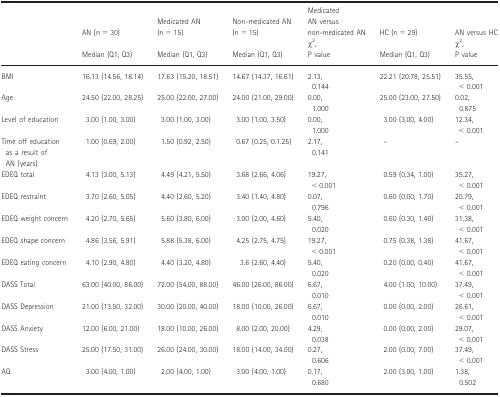
<table><thead><tr><td rowspan="2"></td><td><b>AN (n = 30)</b></td><td><b>Medicated AN (n = 15)</b></td><td><b>Non‐medicated AN (n = 15)</b></td><td><b>Medicated AN versus non‐medicated AN</b></td><td><b>HC (n = 29)</b></td><td><b>AN versus HC</b></td></tr><tr><td><b>Median (Q1, Q3)</b></td><td><b>Median (Q1, Q3)</b></td><td><b>Median (Q1, Q3)</b></td><td><b>χ<sup>2</sup>, P value</b></td><td><b>Median (Q1, Q3)</b></td><td><b>χ<sup>2</sup>, P value</b></td></tr></thead><tbody><tr><td>BMI</td><td>16.13 (14.56, 18.14)</td><td>17.63 (15.20, 18.51)</td><td>14.67 (14.37, 16.61)</td><td>2.13,0.144</td><td>22.21 (20.78, 25.51)</td><td>35.55,&lt; 0.001</td></tr><tr><td>Age</td><td>24.50 (22.00, 28.25)</td><td>25.00 (22.00, 27.00)</td><td>24.00 (21.00, 29.00)</td><td>0.00,1.000</td><td>25.00 (23.00, 27.50)</td><td>0.02,0.875</td></tr><tr><td>Level of education</td><td>3.00 (1.00, 3.00)</td><td>3.00 (1.00, 3.00)</td><td>3.00 (1.00, 3.50)</td><td>0.00,1.000</td><td>3.00 (3.00, 4.00)</td><td>12.34,&lt; 0.001</td></tr><tr><td>Time off education as a result of AN (years)</td><td>1.00 (0.69, 2.00)</td><td>1.50 (0.92, 2.50)</td><td>0.67 (0.25, 0.1.25)</td><td>2.17,0.141</td><td>–</td><td>–</td></tr><tr><td>EDEQ total</td><td>4.13 (3.00, 5.13)</td><td>4.49 (4.21, 5.50)</td><td>3.68 (2.66, 4.06)</td><td>19.27,&lt; 0.001</td><td>0.59 (0.34, 1.00)</td><td>35.27,&lt; 0.001</td></tr><tr><td>EDEQ restraint</td><td>3.70 (2.60, 5.05)</td><td>4.40 (2.60, 5.20)</td><td>3.40 (1.40, 4.80)</td><td>0.07,0.796</td><td>0.60 (0.00, 1.70)</td><td>20.79,&lt; 0.001</td></tr><tr><td>EDEQ weight concern</td><td>4.20 (2.70, 5.65)</td><td>5.60 (3.80, 6.00)</td><td>3.00 (2.00, 4.60)</td><td>5.40,0.020</td><td>0.60 (0.30, 1.40)</td><td>31.38,&lt; 0.001</td></tr><tr><td>EDEQ shape concern</td><td>4.86 (3.56, 5.91)</td><td>5.88 (5.38, 6.00)</td><td>4.25 (2.75, 4.75)</td><td>19.27,&lt; 0.001</td><td>0.75 (0.38, 1.38)</td><td>41.67,&lt; 0.001</td></tr><tr><td>EDEQ eating concern</td><td>4.10 (2.90, 4.80)</td><td>4.40 (3.20, 4.80)</td><td>3.6 (2.60, 4.40)</td><td>5.40,0.020</td><td>0.20 (0.00, 0.40)</td><td>41.67,&lt; 0.001</td></tr><tr><td>DASS Total</td><td>63.00 (40.00, 86.00)</td><td>72.00 (54.00, 88.00)</td><td>46.00 (26.00, 86.00)</td><td>6.67,0.010</td><td>4.00 (1.00, 10.00)</td><td>37.49,&lt; 0.001</td></tr><tr><td>DASS Depression</td><td>21.00 (13.50, 32.00)</td><td>30.00 (20.00, 40.00)</td><td>18.00 (10.00, 26.00)</td><td>6.67,0.010</td><td>0.00 (0.00, 2.00)</td><td>26.61,&lt; 0.001</td></tr><tr><td>DASS Anxiety</td><td>12.00 (6.00, 21.00)</td><td>18.00 (10.00, 26.00)</td><td>8.00 (2.00, 20.00)</td><td>4.29,0.038</td><td>0.00 (0.00, 2.00)</td><td>29.07,&lt; 0.001</td></tr><tr><td>DASS Stress</td><td>25.00 (17.50, 31.00)</td><td>26.00 (24.00, 30.00)</td><td>18.00 (14.00, 34.00)</td><td>0.27,0.606</td><td>2.00 (0.00, 7.00)</td><td>37.49,&lt; 0.001</td></tr><tr><td>AQ</td><td>3.00 (4.00, 1.00)</td><td>2.00 (4.00, 1.00)</td><td>3.00 (4.00, 1.00)</td><td>0.17,0.680</td><td>2.00 (3.00, 1.00)</td><td>1.38,0.502</td></tr></tbody></table>